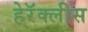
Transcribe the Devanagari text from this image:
हेरॅक्लीस